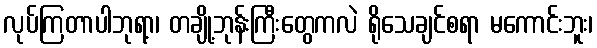
လုပ်ကြတာပါဘုရာ့၊ တချို့ဘုန်းကြီးတွေကလဲ ရိုသေချင်စရာ မကောင်းဘူး၊